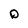
Character: D